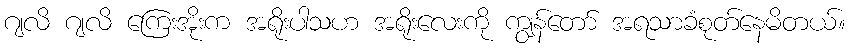
ဂျလိ ဂျလိ ကြေးအိုးက အရိုးပါသဟ အရိုးလေးကို ကျွန်တော် အရသာခံစုတ်နေမိတယ်။